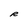
Character: R